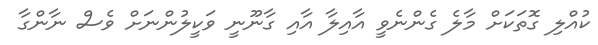
ކުއްލި ގޮތަކަށް މާލެ ގެންނެވީ އާއިލާ އާއި ގާނޫނީ ވަކީލުންނަށް ވެސް ނާންގާ